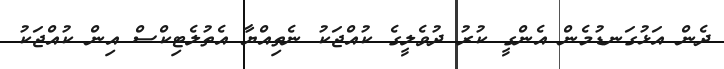
ދެން އަޅުގަނޑުމެން އެންގީ ކުރު ދުވެލީގެ ކުއްޖަކު ނެތިއްޔާ އެތުލެޓިކްސް އިން ކުއްޖަކު